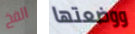
الفخ ووضعتها